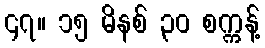
၄၇။ ၁၅ မိနစ် ၃၀ စက္ကန့်